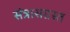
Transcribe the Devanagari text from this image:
संत्रासग्रस्त